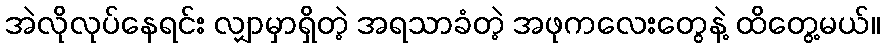
အဲလိုလုပ်နေရင်း လျှာမှာရှိတဲ့ အရသာခံတဲ့ အဖုကလေးတွေနဲ့ ထိတွေ့မယ်။